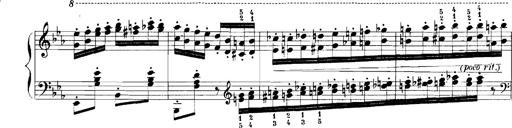
Title: Rhapsodies hongroises
Composer: Franz Liszt